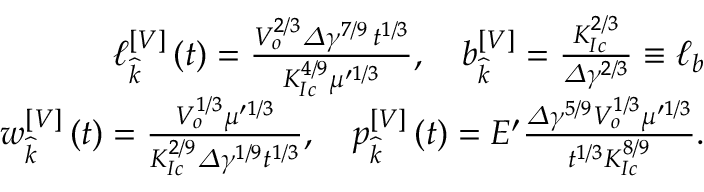
\begin{array} { r } { \ell _ { \widehat { k } } ^ { \left[ V \right] } \left( t \right) = \frac { V _ { o } ^ { 2 / 3 } \varDelta \gamma ^ { 7 / 9 } \, t ^ { 1 / 3 } } { K _ { I c } ^ { 4 / 9 } \mu ^ { \prime 1 / 3 } } , \quad b _ { \widehat { k } } ^ { \left[ V \right] } = \frac { K _ { I c } ^ { 2 / 3 } } { \varDelta \gamma ^ { 2 / 3 } } \equiv \ell _ { b } } \\ { w _ { \widehat { k } } ^ { \left[ V \right] } \left( t \right) = \frac { V _ { o } ^ { 1 / 3 } \mu ^ { \prime 1 / 3 } } { K _ { I c } ^ { 2 / 9 } \varDelta \gamma ^ { 1 / 9 } t ^ { 1 / 3 } } , \quad p _ { \widehat { k } } ^ { \left[ V \right] } \left( t \right) = E ^ { \prime } \frac { \varDelta \gamma ^ { 5 / 9 } V _ { o } ^ { 1 / 3 } \mu ^ { \prime 1 / 3 } } { t ^ { 1 / 3 } K _ { I c } ^ { 8 / 9 } } . } \end{array}